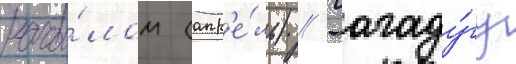
нача́лом (апр'е́ль) // Уагаду́гу